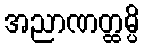
အညာဏတ္ထမ္ပိ